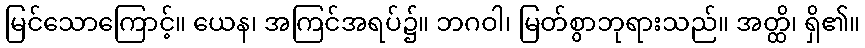
မြင်သောကြောင့်။ ယေန၊ အကြင်အရပ်၌။ ဘဂဝါ၊ မြတ်စွာဘုရားသည်။ အတ္ထိ၊ ရှိ၏။